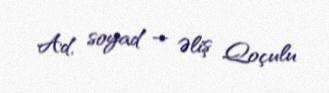
Ad, soyad — Əliş Qoçulu